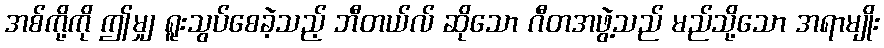
အစ်ကို့ကို ဤမျှ ရူးသွပ်စေခဲ့သည့် ဘီတယ်လ် ဆိုသော ဂီတအဖွဲ့သည် မည်သို့သော အရာမျိုး